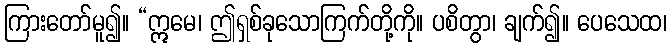
ကြားတော်မူ၍။ “ဣမေ၊ ဤရှစ်ခုသောကြက်တို့ကို။ ပစိတွာ၊ ချက်၍။ ပေသေထ၊